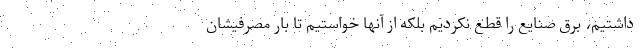
داشتیم، برق صنایع را قطع نکردیم بلکه از آنها خواستیم تا بار مصرفیشان